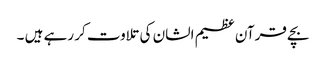
بچے قرآن عظیم الشان کی تلاوت کر رہے ہیں ۔